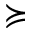
\succcurlyeq